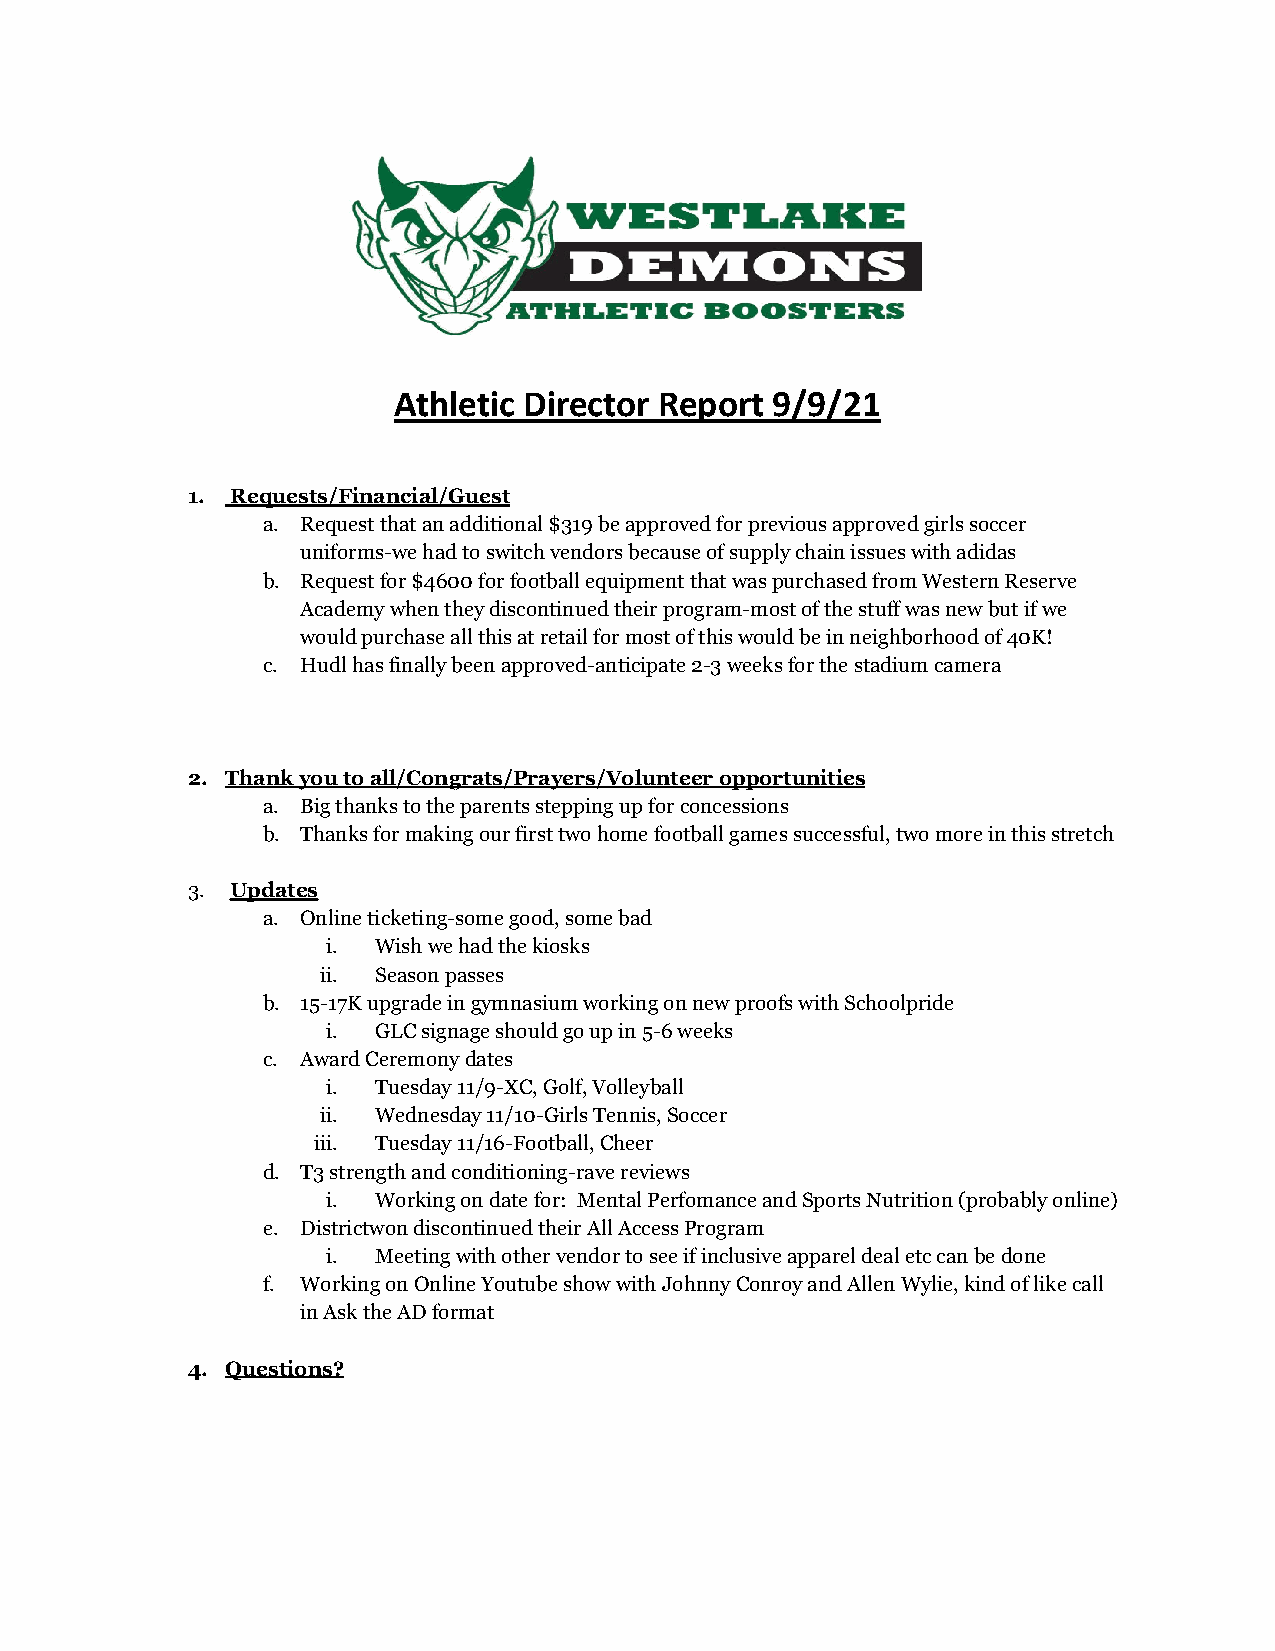
Athletic Director Report 9/9/21
 1. Requests/Financial/Guest
 a. Request that an additional $319 be approved for previous approved girls soccer
 uniforms-we had to switch vendors because of supply chain issues with adidas
 b. Request for $4600 for football equipment that was purchased from Western Reserve
 Academy when they discontinued their program-most of the stuff was new but if we
 would purchase all this at retail for most of this would be in neighborhood of 40K!
 c. Hudl has finally been approved-anticipate 2-3 weeks for the stadium camera
 2. Thank you to all/Congrats/Prayers/Volunteer opportunities
 a. Big thanks to the parents stepping up for concessions
 b. Thanks for making our first two home football games successful, two more in this stretch
 3. Updates
 a. Online ticketing-some good, some bad
 i. Wish we had the kiosks
 ii. Season passes
 b. 15-17K upgrade in gymnasium working on new proofs with Schoolpride
 i. GLC signage should go up in 5-6 weeks
 c. Award Ceremony dates
 i. Tuesday 11/9-XC, Golf, Volleyball
 ii. Wednesday 11/10-Girls Tennis, Soccer
 iii. Tuesday 11/16-Football, Cheer
 d. T3 strength and conditioning-rave reviews
 i. Working on date for: Mental Perfomance and Sports Nutrition (probably online)
 e. Districtwon discontinued their All Access Program
 i. Meeting with other vendor to see if inclusive apparel deal etc can be done
 f. Working on Online Youtube show with Johnny Conroy and Allen Wylie, kind of like call
 in Ask the AD format
 4. Questions?